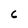
Character: 6